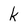
Character: k